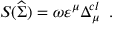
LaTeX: { \cal S } ( \widehat { \Sigma } ) \; { \cal = \; } \omega \varepsilon ^ { \mu } \Delta _ { \mu } ^ { c l } \; \; .